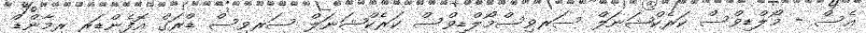
އެސް - މޯލްޑިވްސް ކަރެކްޝަނަލް ސަރވިސްމޯލްޑިވްސް ކަރެކްޝަނަލް ސަރވިސް ޑްރަގް އޮފެންޑަރ ރިމާންޑް